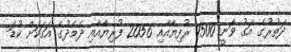
ދަތުރުގެ އަގު ވަނީ 1500 ރުފިޔާއާއި 2056 ފުރިޔާއާއި ދެމެދުގެ އަގަކަށް ކުޑަ